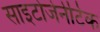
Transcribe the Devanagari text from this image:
साइटोजेनेटिक